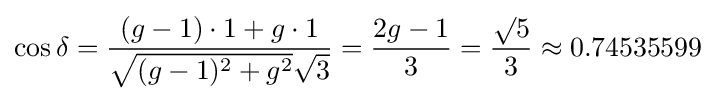
\cos \delta ={\frac {(g-1)\cdot 1+g\cdot 1}{{\sqrt {(g-1)^{2}+g^{2}}}{\sqrt {3}}}}={\frac {2g-1}{3}}={\frac {\surd 5}{3}}\approx 0.74535599